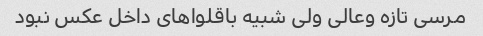
مرسی تازه وعالی ولی شبیه باقلواهای داخل عکس نبود